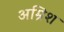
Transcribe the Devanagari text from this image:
अम्रिश